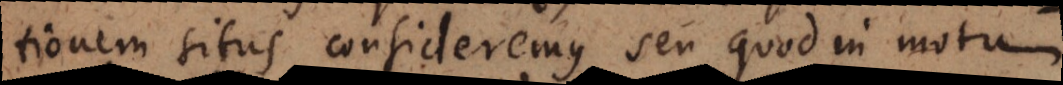
tionem situs consideremus, seu quod in motu